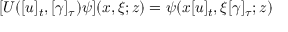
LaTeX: \lbrack U ( [ u ] _ { t } , [ \gamma ] _ { \tau } ) \psi ] ( x , \xi ; z ) = \psi ( x [ u ] _ { t } , \xi \lbrack \gamma ] _ { \tau } ; z )